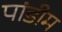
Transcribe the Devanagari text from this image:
पांडीम